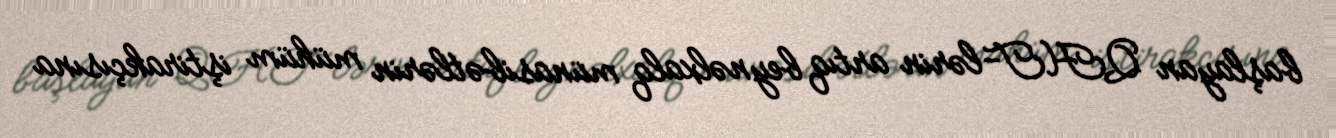
başlayan QHT-lərin artıq beynəlxalq münasibətlərin mühüm iştirakçısına